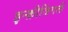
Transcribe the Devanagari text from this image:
इन्क्रीजिंगली